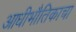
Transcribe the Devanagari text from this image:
आधीभौतिकाचा